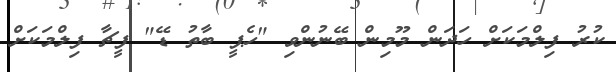
ކުރު ފިލްމަކަށް ހަދަން މޫމިން ބޭނުންވި "ހެޕީ ބާތު ޑޭ" ފީޗާ ފިލްމަކަށް